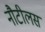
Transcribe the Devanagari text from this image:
नौटीलस